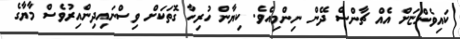
ކައިވެންޏަށް އެއް ޗާންސް ދޭން ނިންމިއެވެ. ކިޔާން ހުރިހާ ގޮތަކަށް ވިސްނައިދިންއިރުވެސް މާޔާގެ